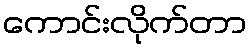
ကောင်းလိုက်တာ